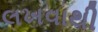
લખવાથી